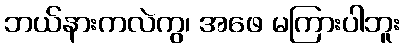
ဘယ်နားကလဲကွ၊ အဖေ မကြားပါဘူး